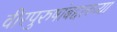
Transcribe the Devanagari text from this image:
वीरपुरुषांबद्दलच्या